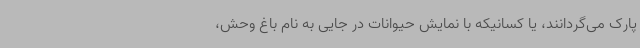
پارک می‌گردانند، یا کسانیکه با نمایش حیوانات در جایی به نام باغ وحش،